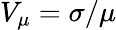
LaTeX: V_{\mu}=\sigma/\mu